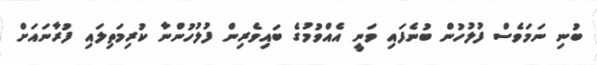
ބުނި ނަމަވެސް ފުލުހުން ބުނެފައި ވަނީ އެއްވުމުގެ ބައިވެރިން ފުލުހުންނާ ކުރިމަތިލައި ފުރާނައަށް